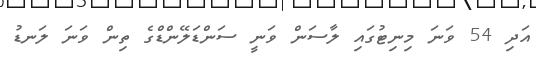
އަދި 54 ވަނަ މިނިޓުގައި ލާސަން ވަނީ ސަންޑަލޭންޑްގެ ތިން ވަނަ ލަނޑު